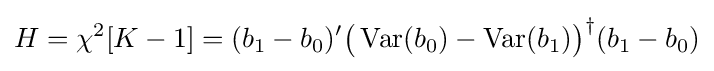
H=\chi ^{2}[K-1]=(b_{1}-b_{0})'{\big (}\operatorname {Var} (b_{0})-\operatorname {Var} (b_{1}){\big )}^{\dagger }(b_{1}-b_{0})